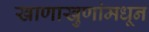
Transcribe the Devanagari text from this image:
खाणाखुणांमधून